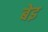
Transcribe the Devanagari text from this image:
बेइ